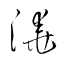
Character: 澆